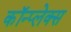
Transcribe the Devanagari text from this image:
कॉन्प्लेक्स